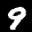
Label: 9